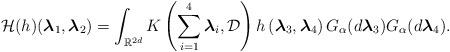
LaTeX: \begin{align*}\mathcal{H}(h)(\boldsymbol{\lambda }_{1}, \boldsymbol{\lambda}_{2})=\int_{\mathbb{R}^{2d}}K\left(\sum_{i=1}^{4}\boldsymbol{\lambda }_{i},\mathcal{D}\right) h\left(\boldsymbol{\lambda }_{3}, \boldsymbol{\lambda }_{4}\right)G_{\alpha }(d\boldsymbol{\lambda }_{3}) G_{\alpha}(d\boldsymbol{\lambda }_{4}).\end{align*}